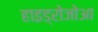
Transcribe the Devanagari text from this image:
हाइड्रोजोआ